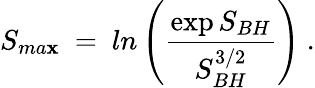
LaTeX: S_{ma\mathbf{x}}~=~ln\left({\frac{{\exp{S_{BH}}}}{{S_{BH}^{3/2}}}}\right)~.